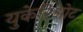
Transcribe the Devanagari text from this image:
युकेरिओट